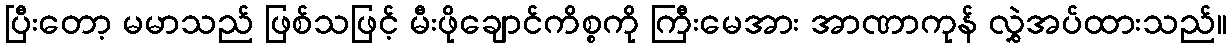
ပြီးတော့ မမာသည် ဖြစ်သဖြင့် မီးဖိုချောင်ကိစ္စကို ကြီးမေအား အာဏာကုန် လွှဲအပ်ထားသည်။